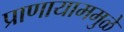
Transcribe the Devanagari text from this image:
प्राणायाममुळे